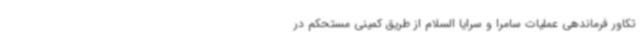
تکاور فرماندهی عملیات سامرا و سرایا السلام از طریق کمینی مستحکم در